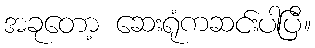
အခုတော့ ဆေးရုံကဆင်းပါပြီ။